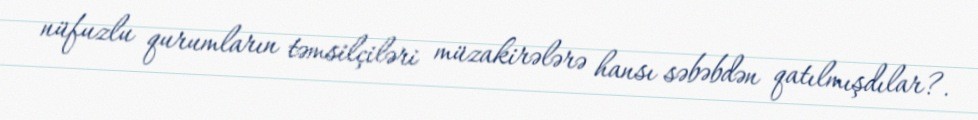
nüfuzlu qurumların təmsilçiləri müzakirələrə hansı səbəbdən qatılmışdılar?.